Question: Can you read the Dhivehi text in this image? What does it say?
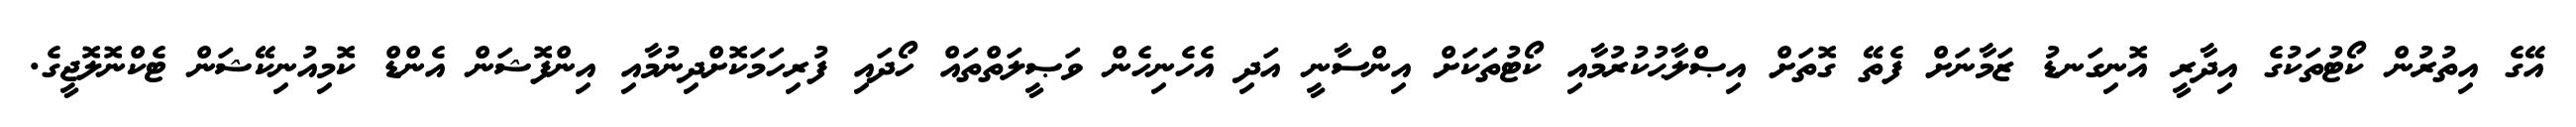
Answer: އޭގެ އިތުރުން ކޯޓުތަކުގެ އިދާރީ އޮނިގަނޑު ޒަމާނަށް ފެތޭ ގޮތަށް އިޞްލާޙުކުރުމާއި ކޯޓުތަކަށް އިންސާނީ އަދި އެހެނިހެން ވަޞީލަތްތައް ހޯދައި ފުރިހަމަކޮށްދިނުމާއި އިންފޮޝަން އެންޑް ކޮމިއުނިކޭޝަން ޓެކްނޮލޮޖީގެ.